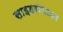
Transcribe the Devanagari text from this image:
साइडरोफाइल